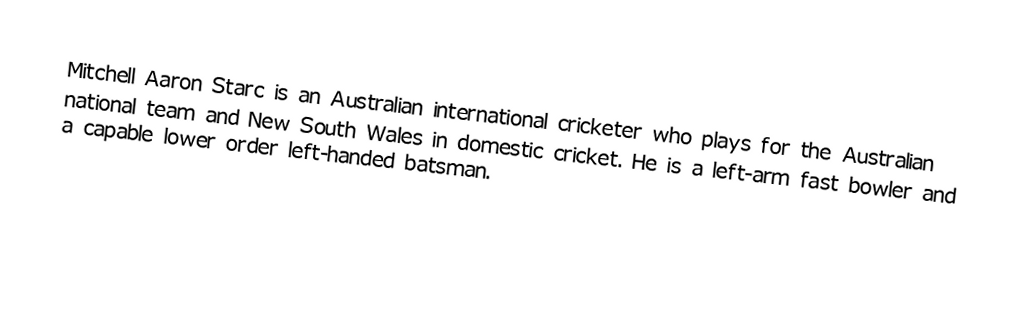
Mitchell Aaron Starc is an Australian international cricketer who plays for the Australian national team and New South Wales in domestic cricket. He is a left-arm fast bowler and a capable lower order left-handed batsman.